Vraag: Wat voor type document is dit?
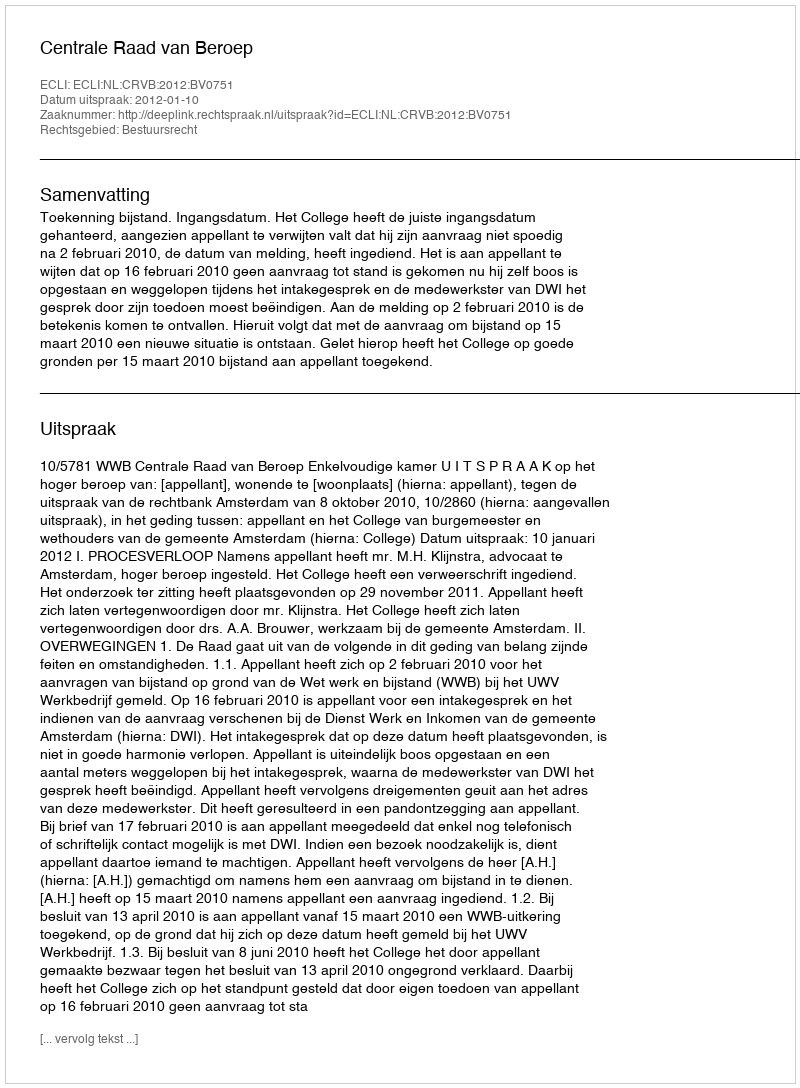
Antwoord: Uitspraak